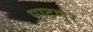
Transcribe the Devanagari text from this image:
पाटणूर